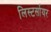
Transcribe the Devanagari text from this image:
लिस्टर्सायर